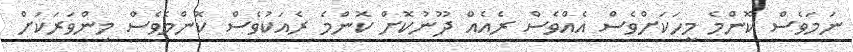
ނަމަވެސް ކޮންމެ މީހަކަށްވެސް އެއްވެސް ރެއެއް ދޫނުކޮށް ކޮންމެ ރެއަކުވެސް ކޮންމެވެސް މިންވަރަކަށް